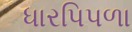
ધારપિપળા